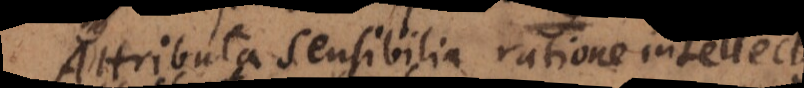
Attributa sensibilia ratione intellect